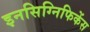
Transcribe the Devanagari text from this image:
इनसिग्निफिकेंस